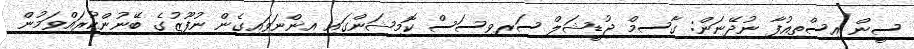
ސީން އިސްތިއުފާ ނުދޭނަން: ގާސިމް ޖުޑީޝަލް ސަރވިސަސް ކޮމިޝަންގައި އިންނަވައިގެން ނުފޫޒުގެ ބޭނުންކުރައްވަމުން